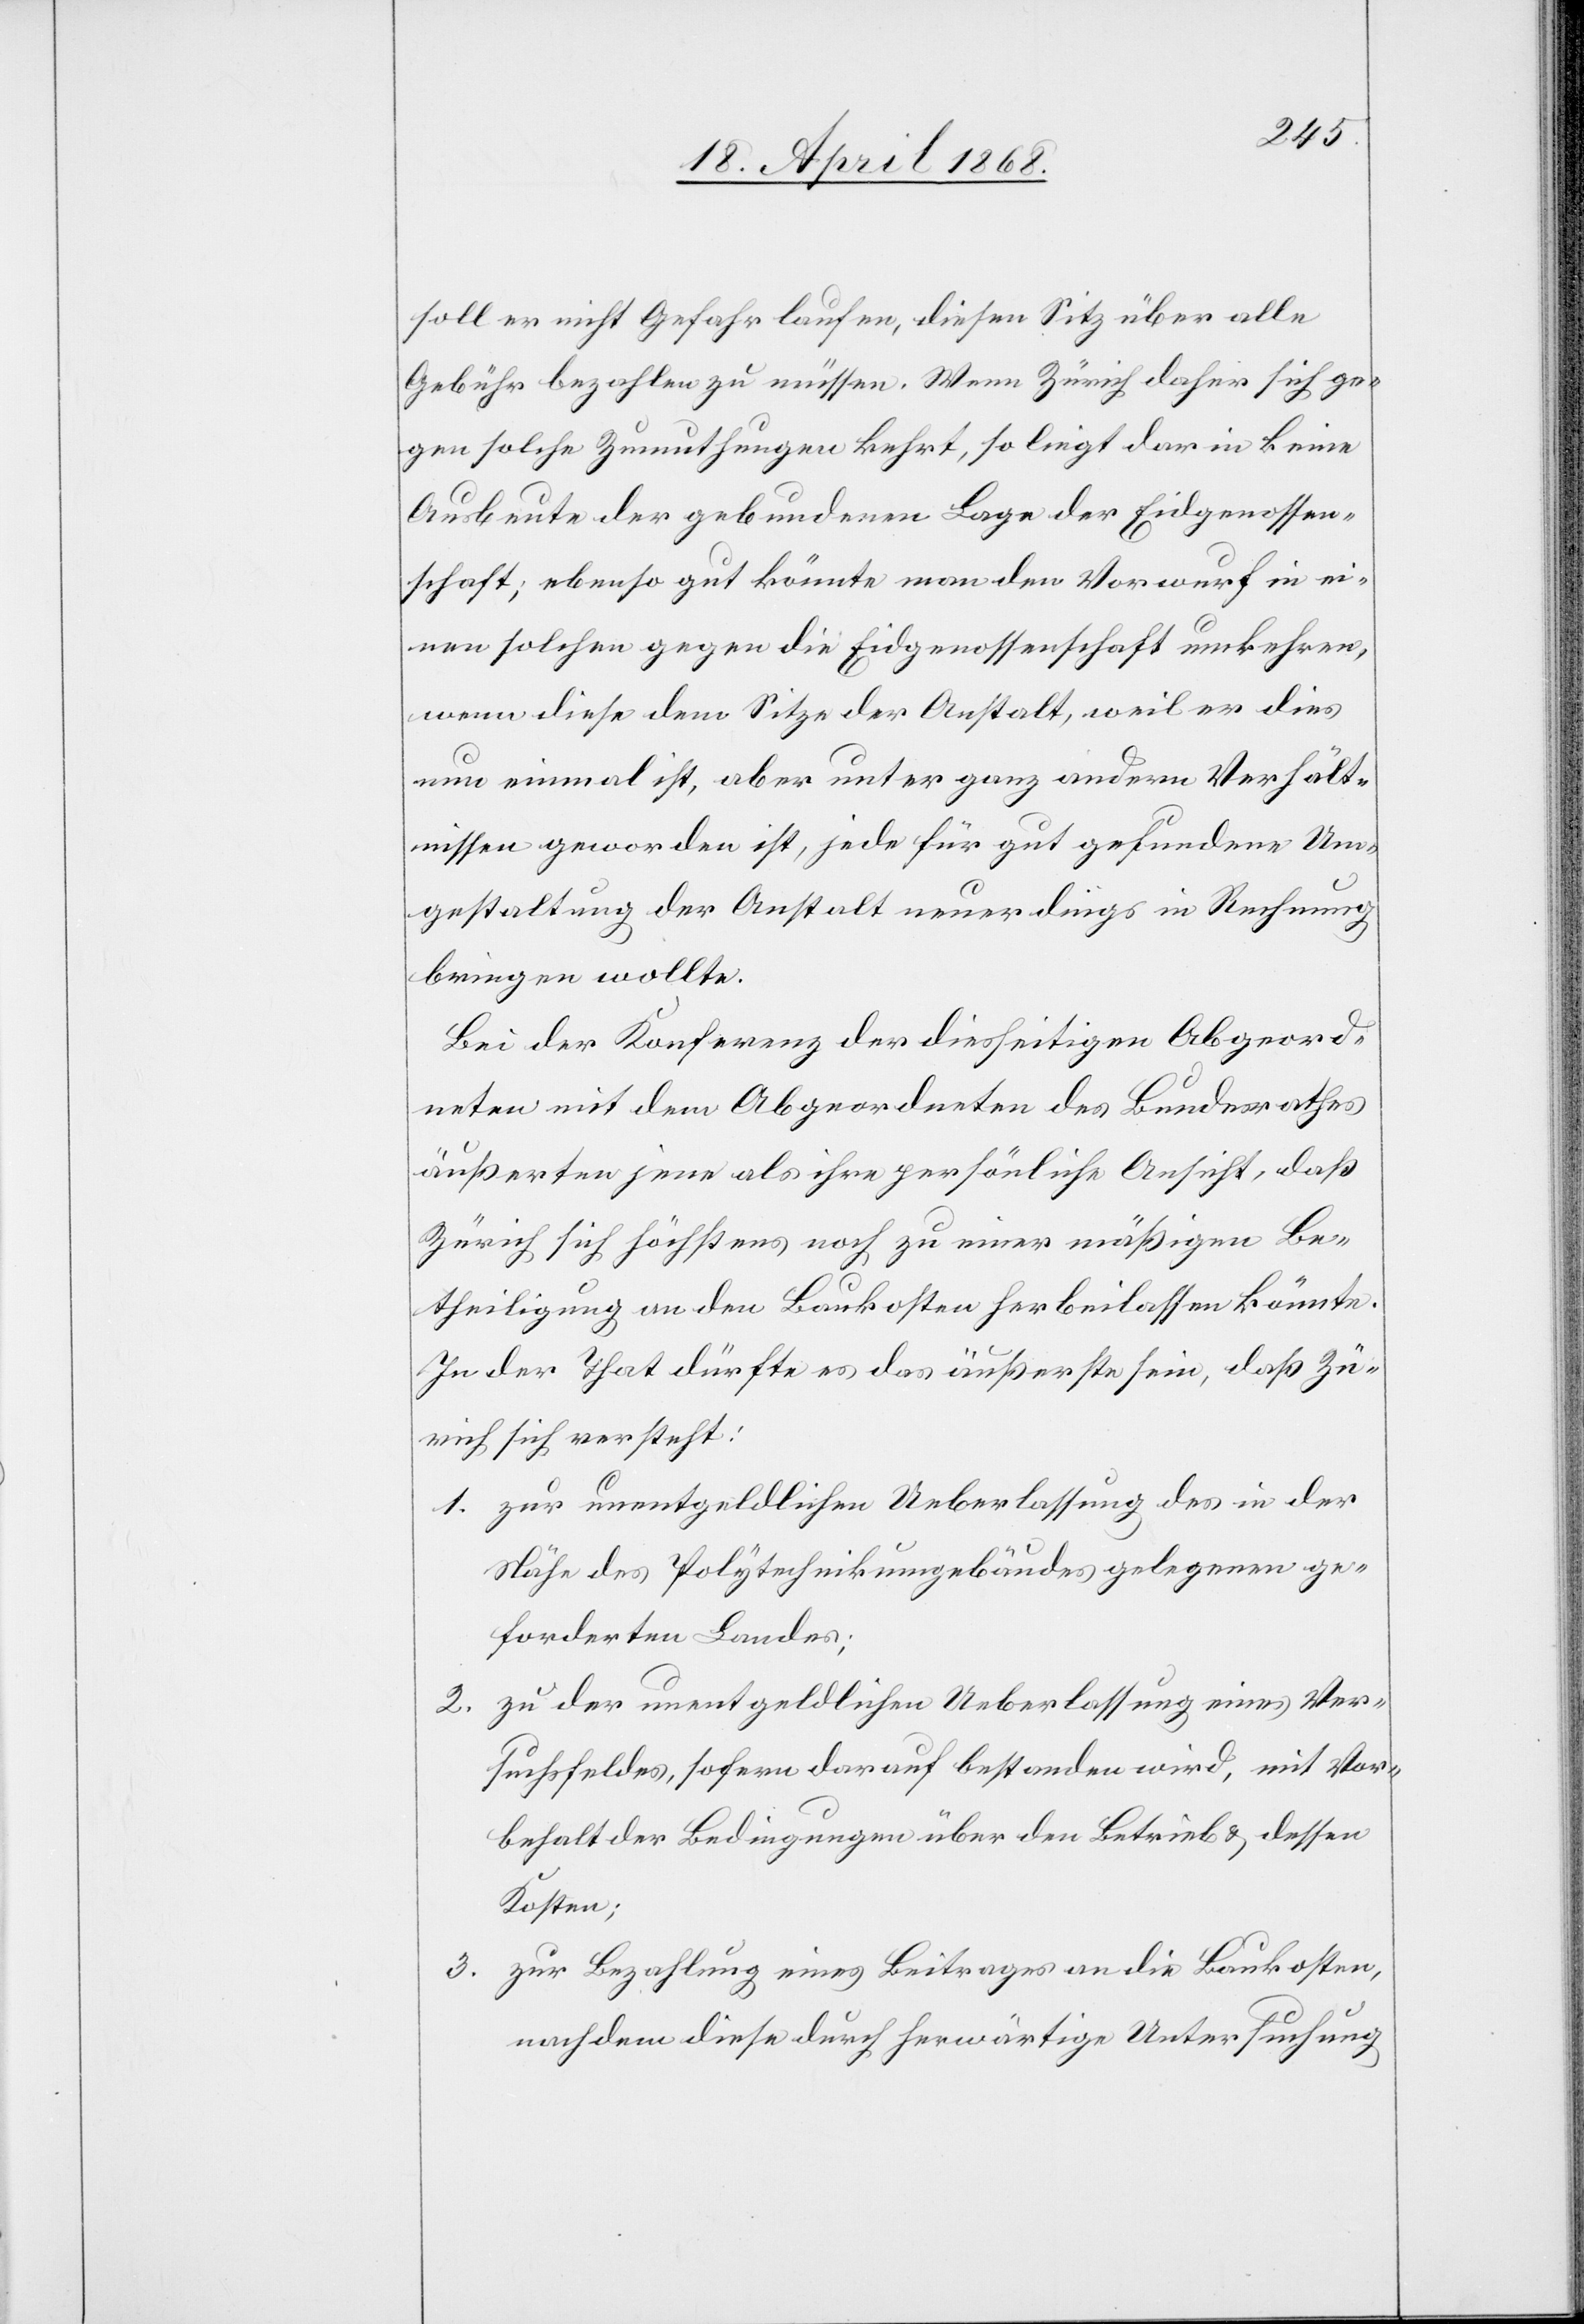
soll er nicht Gefahr laufen, diesen Sitz über alle
Gebühr bezahlen zu müssen. Wenn Zürich daher sich ge¬
gen solche Zumuthungen kehrt, so liegt darin keine
Ausbeute der gebundenen Lage der Eidgenossen¬
schaft; ebenso gut könnte man den Vorwurf in ei¬
nen solchen gegen die Eidgenossenschaft umkehren,
wenn diese dem Sitze der Anstalt, weil er dies
nun einmal ist, aber unter ganz andern Verhält¬
nissen geworden ist, jede für gut gefundene Um¬
gestaltung der Anstalt neuerdings in Rechnung
bringen wollte.
Bei der Konferenz der diesseitigen Abgeord¬
neten mit dem Abgeordneten des Bundesrathes
äußerten jene als ihre persönliche Ansicht, daß
Zürich sich höchstens noch zu einer mäßigen Be¬
theiligung an den Baukosten herbeilassen könnte.
In der That dürfte es das äußerste sein, daß Zü¬
rich sich versteht:
zur unentgeldlichen Ueberlassung des in der
Nähe des Polytechnikumgebäudes gelegenen ge¬
forderten Landes;
zu der unentgeldlichen Ueberlassung eines Ver¬
suchsfeldes, sofern darauf bestanden wird, mit Vor¬
behalt der Bedingungen über den Betrieb & dessen
Kosten;
zur Bezahlung eines Beitrages an die Baukosten,
nachdem diese durch herwärtige Untersuchung